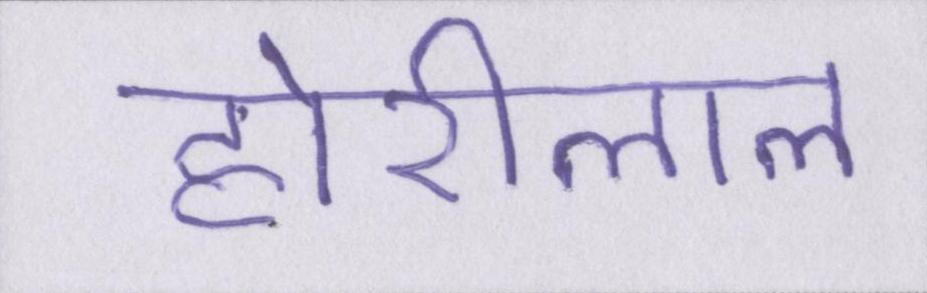
होरीलाल